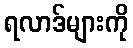
ရလာဒ်များကို